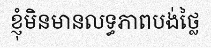
ខ្ញុំមិនមានលទ្ធភាពបង់ថ្លៃ